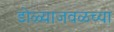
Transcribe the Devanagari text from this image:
डोळ्याजवळच्या